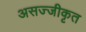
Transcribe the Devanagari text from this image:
असज्जीकृत